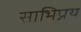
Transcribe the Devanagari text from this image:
साभिप्रय